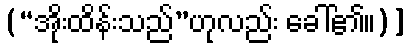
(“အိုးထိန်းသည်”ဟုလည်း ခေါ်၏။)]